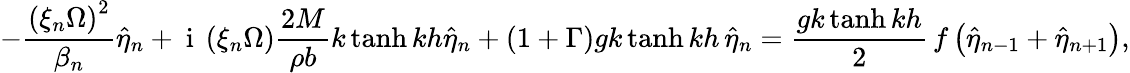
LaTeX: -\frac{\left(\xi_{n}\Omega\right)^{2}}{\beta_{n}}\hat{\eta}_{n}+\mathrm{~i~}\left(\xi_{n}\Omega\right)\frac{2M}{\rho b}k\operatorname{tanh}{kh}\hat{\eta}_{n}+\left(1+\Gamma\right)gk\operatorname{tanh}{kh}\, \hat{\eta}_{n}=\frac{gk\operatorname{tanh}{kh}}{2}\, f\left(\hat{\eta}_{n-1}+\hat{\eta}_{n+1}\right),